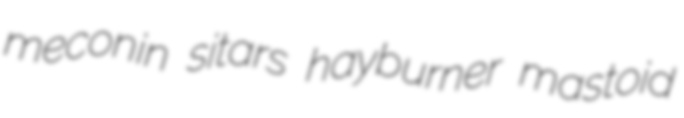
meconin sitars hayburner mastoid